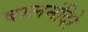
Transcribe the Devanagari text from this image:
बालमंदिरे